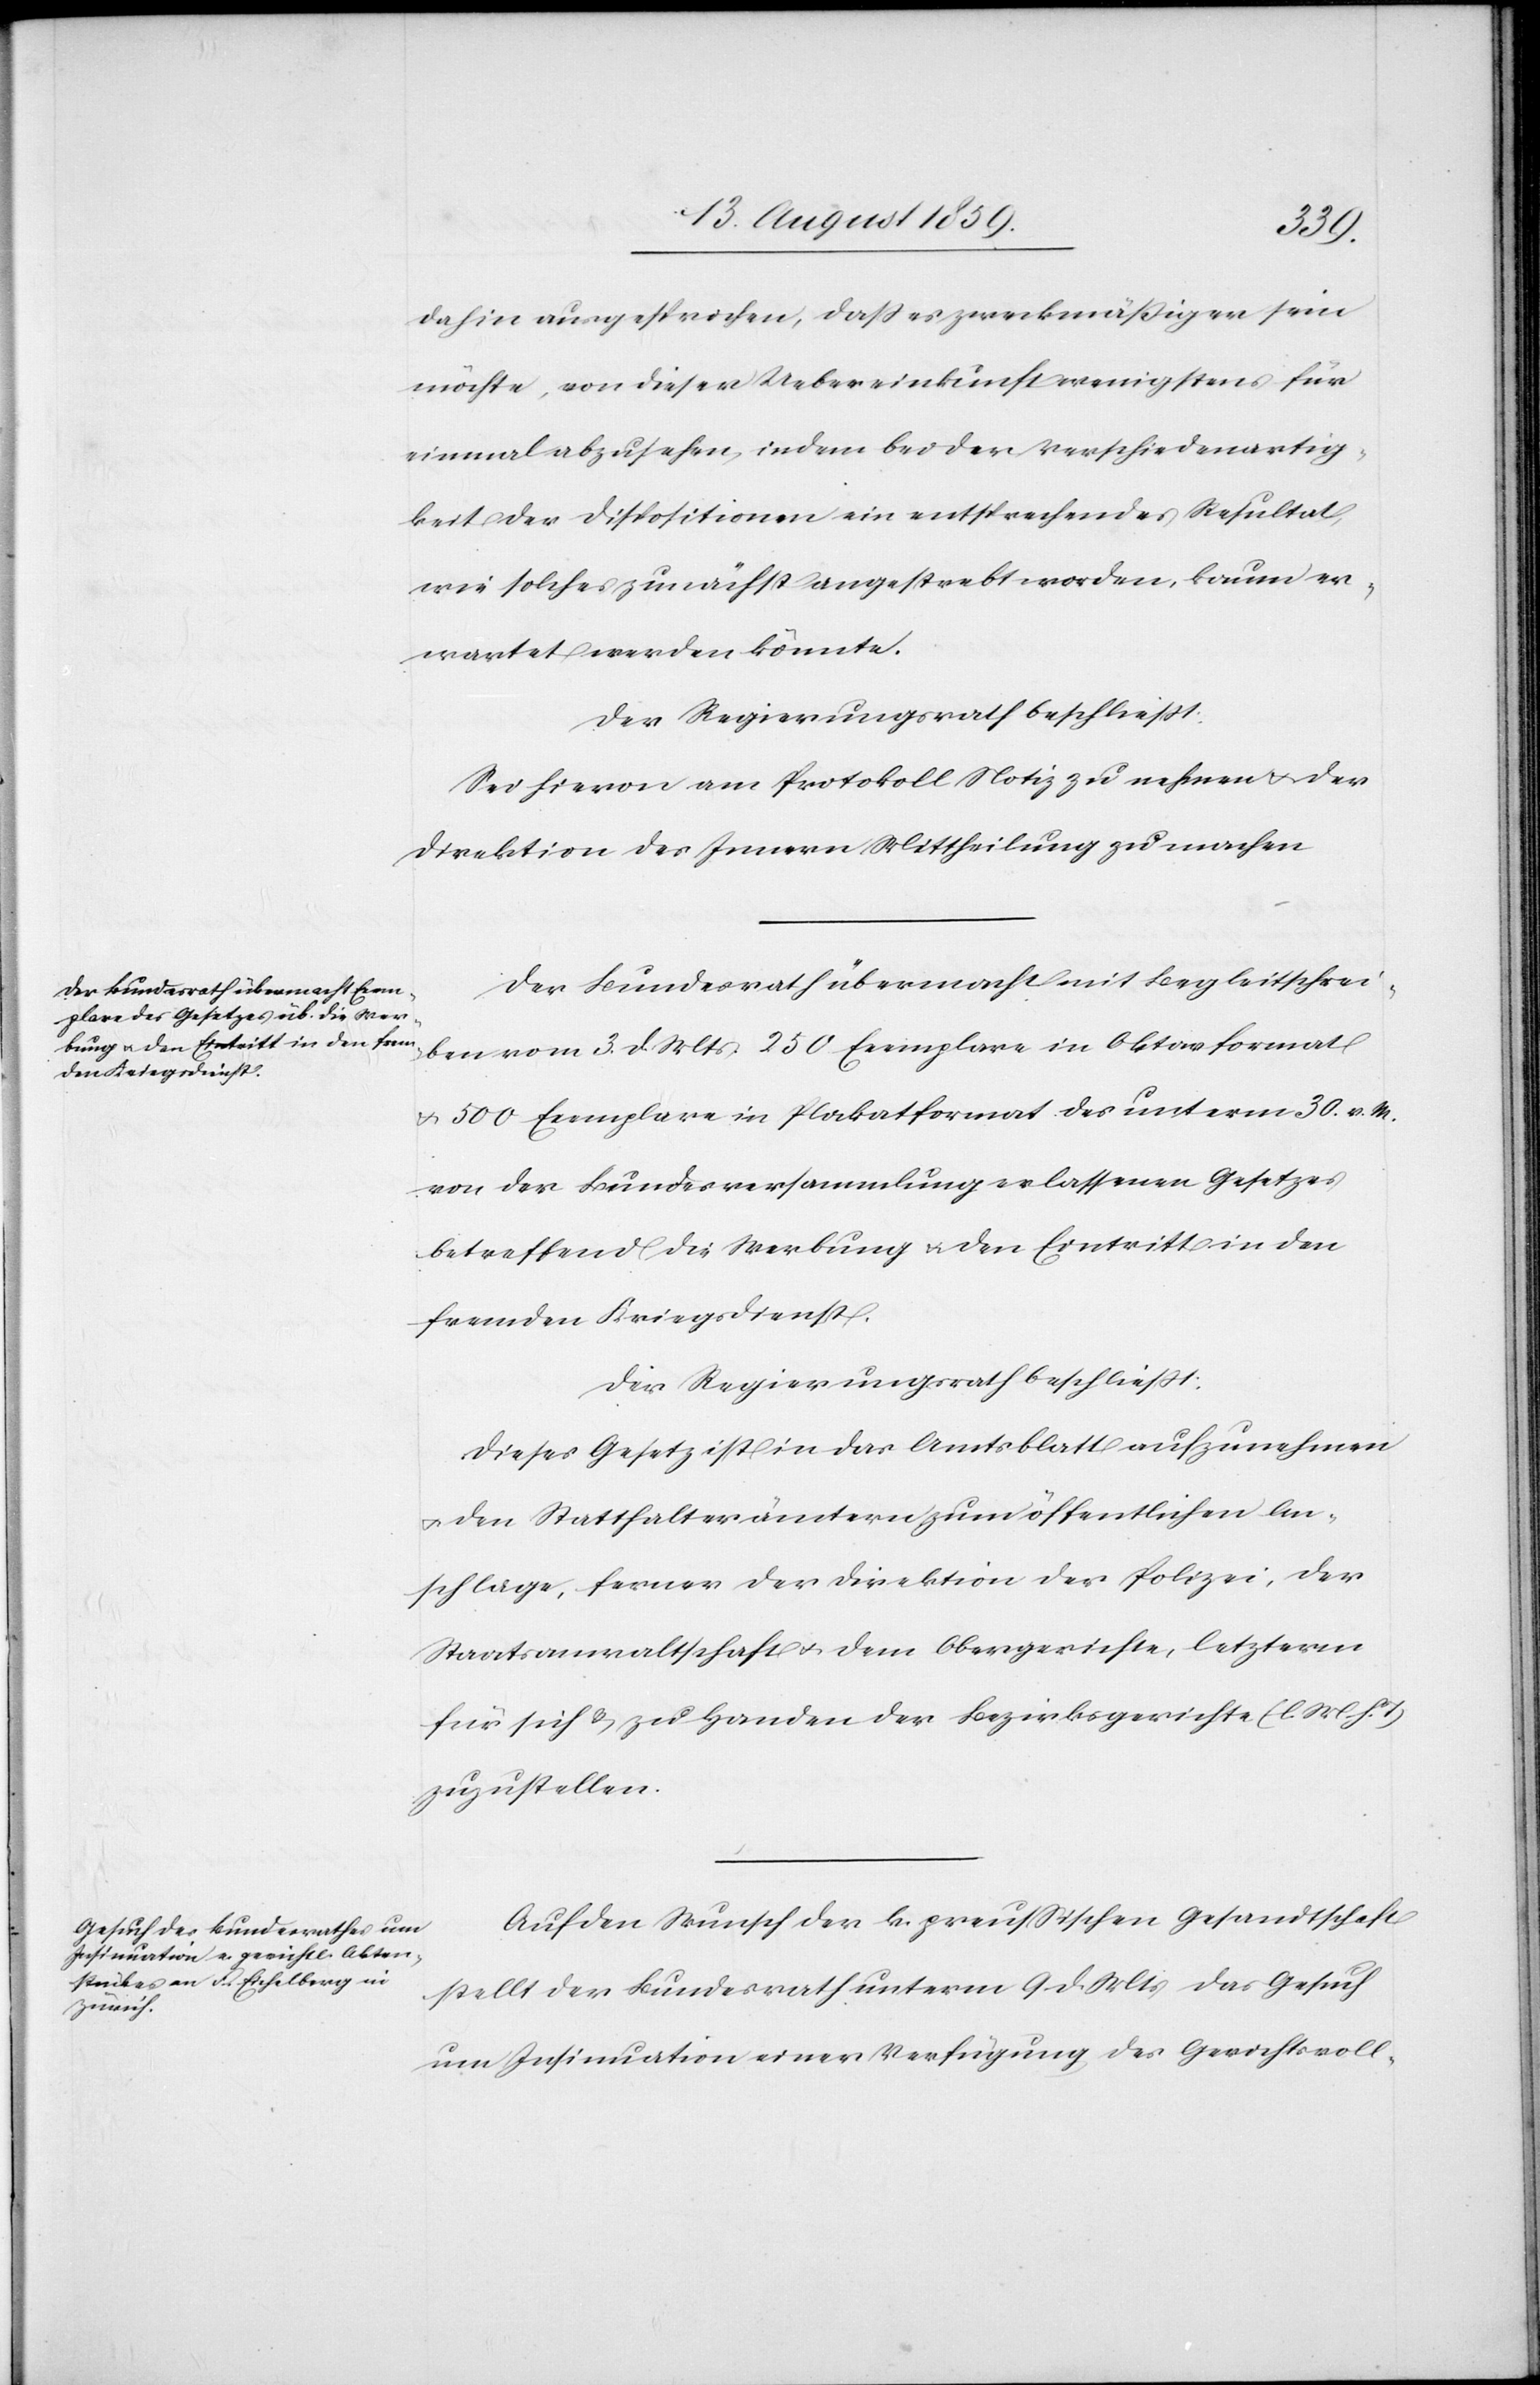
dahin ausgesprochen, daß es zweckmäßiger sein
möchte, von dieser Uebereinkunft wenigstens für
einmal abzusehen, indem bei der Verschiedenartig¬
keit der Dispositionen ein entsprechendes Resultat
wie solches zunächst angestrebt worden, kaum er¬
wartet werden könnte.
Der Regierungsrath beschließt:
Sei hievon am Protokoll Notiz zu nehmen u. der
Direktion des Innern Mittheilung zu machen.
Der Bundesrath übermacht mit Begleitschrei¬
ben vom 3. Mts. 250 Exemplare in Oktavformat
u. 500 Exemplare in Plakatformat des unterm 30. v. M.
von der Bundesversammlung erlassenen Gesetzes
betreffend die Werbung u. den Eintritt in den
fremden Kriegsdienst.
Der Regierungsrath beschließt:
Dieses Gesetz ist in das Amtsblatt aufzunehmen
u. den Statthalterämtern zum öffentlichen An¬
schlage, ferner der Direktion der Polizei, der
Staatsanwaltschaft u. dem Obergerichte, letzterm
für sich u. zu Handen der Bezirksgerichte (l. M. h. T.)
zuzustellen.
Auf den Wunsch der k. preußischen Gesandtschaft
stellt der Bundesrath unterm 9. d. Mts. das Gesuch
um Insinuation einer Verfügung des Gerichtsvoll-